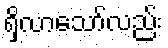
ရှိလာသော်လည်း